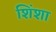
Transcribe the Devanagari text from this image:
शिंशा